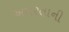
અમરતાની